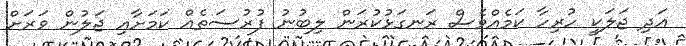
އަދި ޖަލަކީ ހުރިހާ ކަމެއްވެސް ރަނގަޅުކުރަން ލިބުނު ފުރުސަތެއް ކަމަށާއި ޖަލުން ވަރަށް